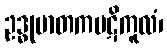
ဥဒ္ဓုမာတကပဋိကူလံ၊